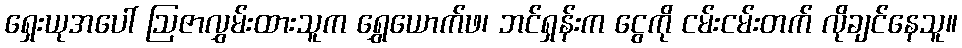
ရှေးယုအပေါ် ဩဇာလွှမ်းထားသူက ရွှေယောက်ဖ၊ ဘင်ရှန်းက ငွေကို ငမ်းငမ်းတက် လိုချင်နေသူ။